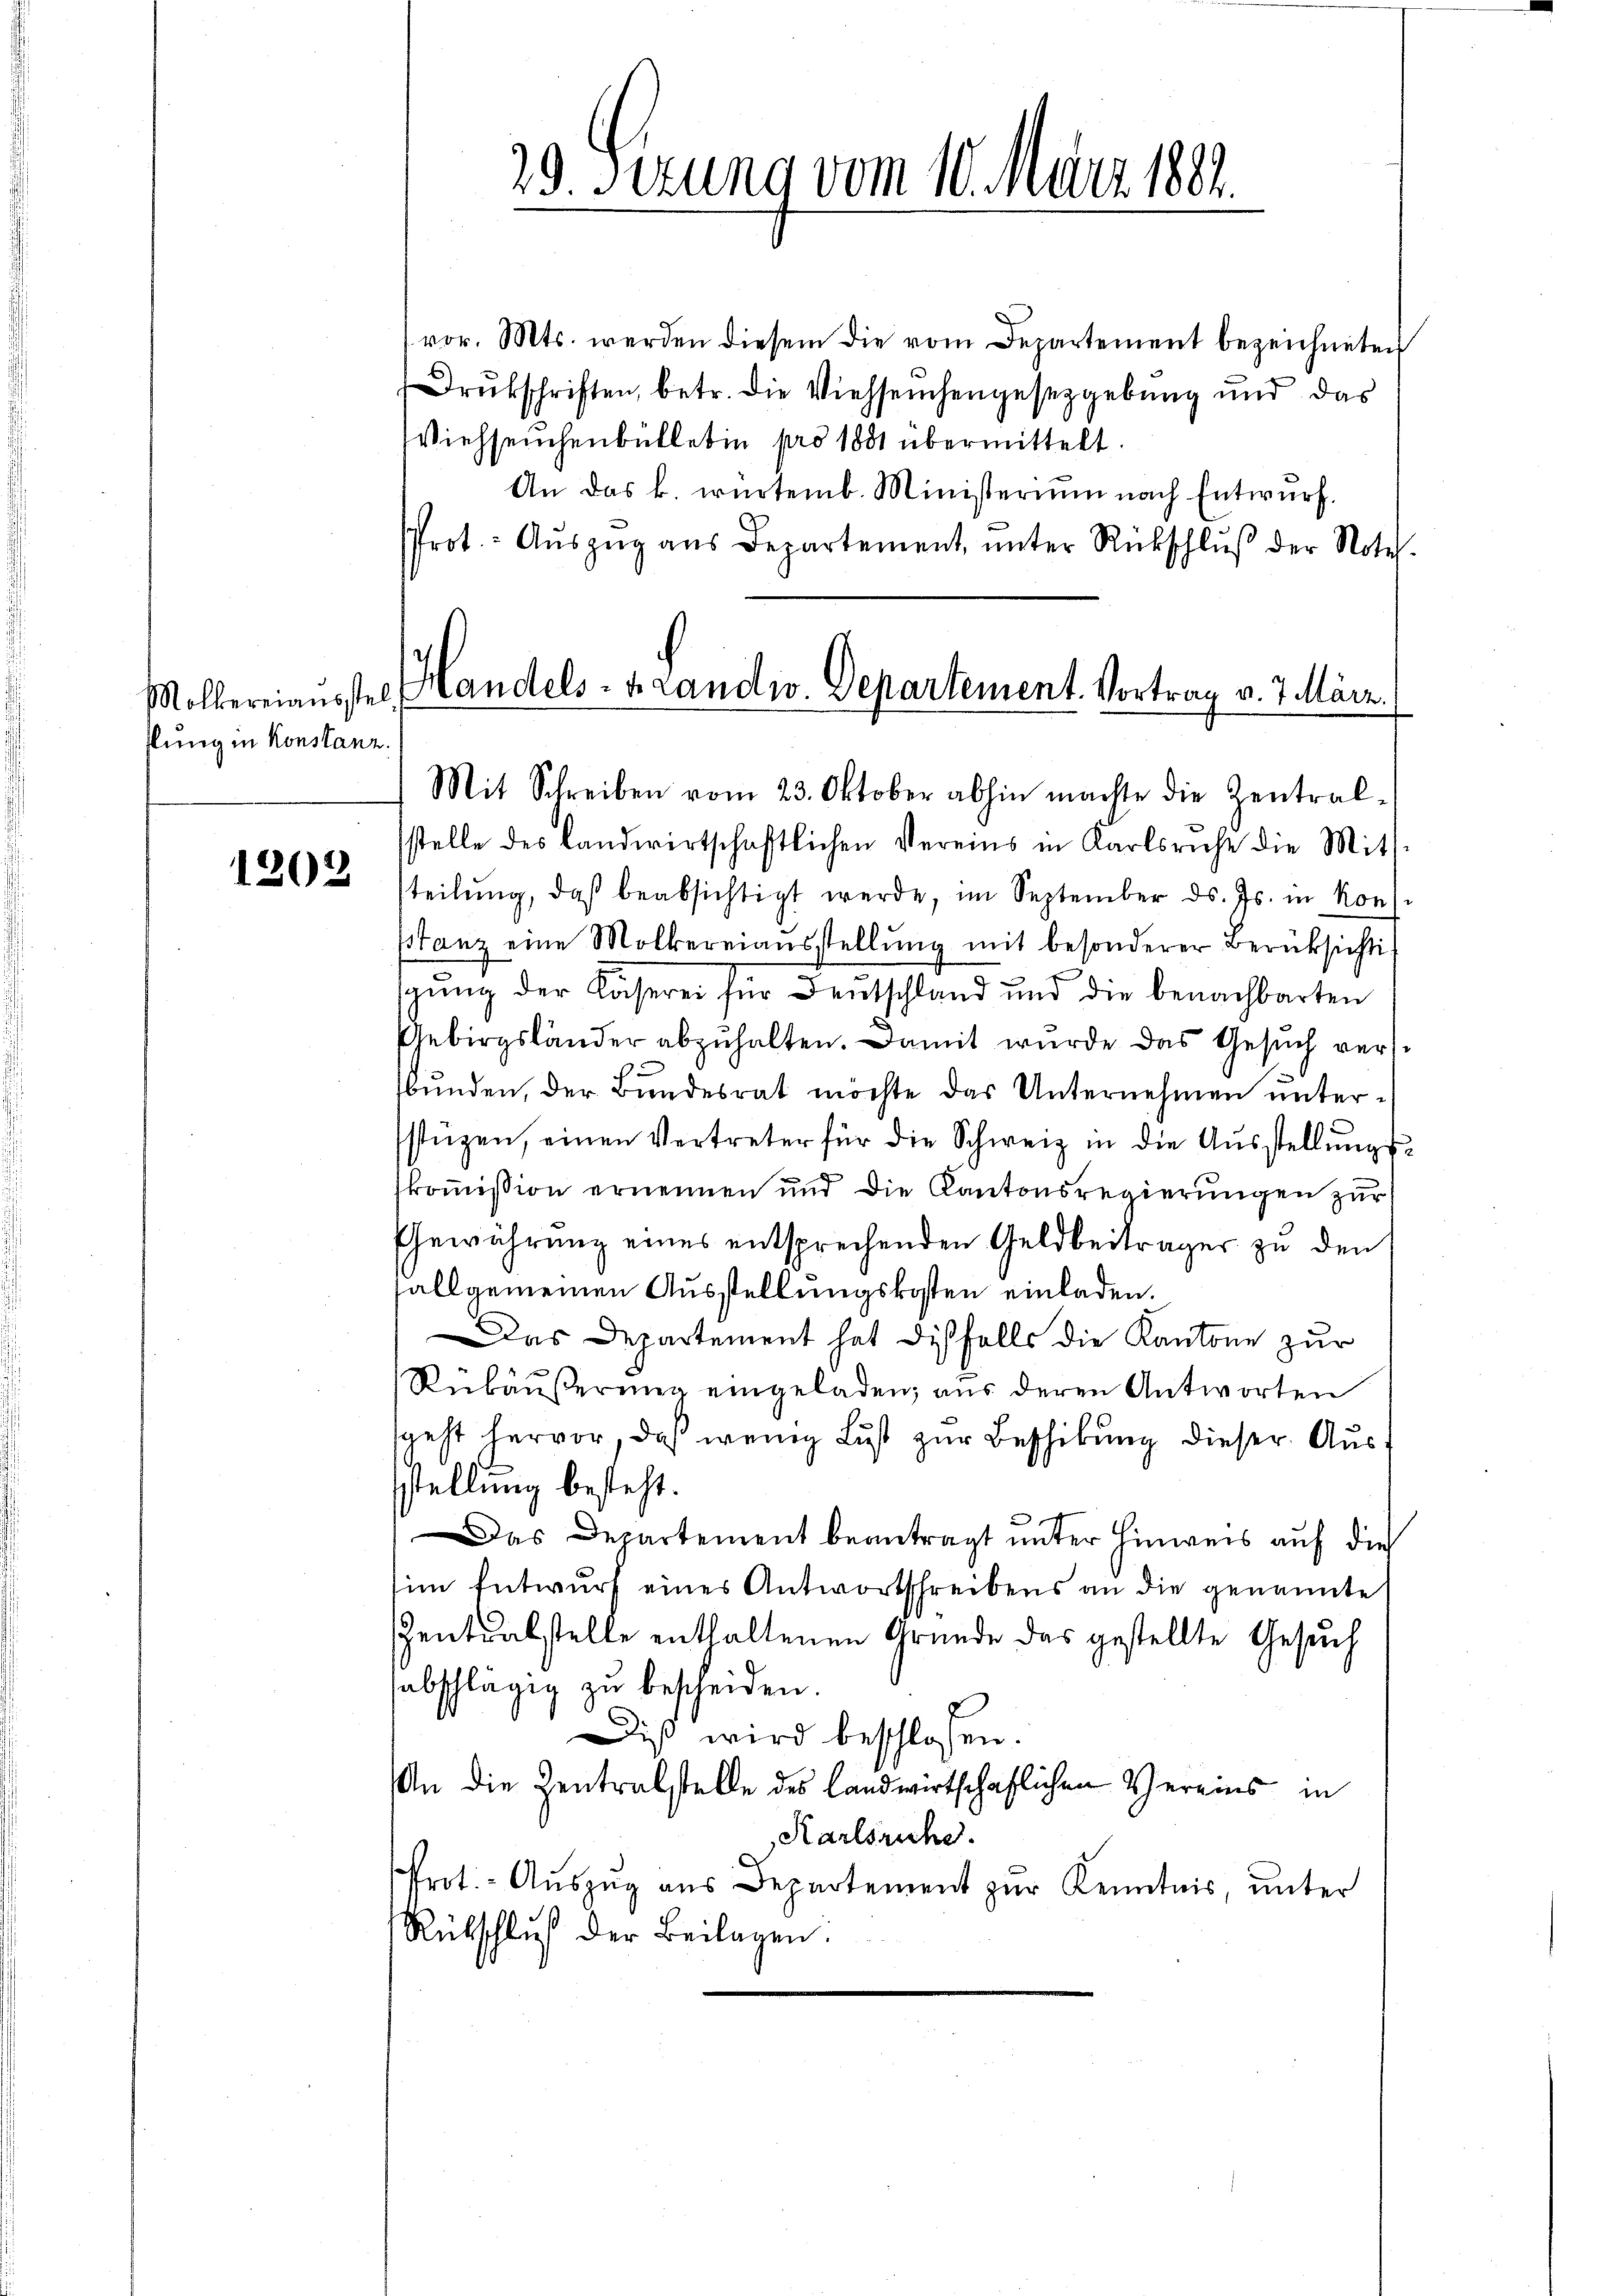
slung in Konstanz

1203.

29. Sekung vom 10. März 1891.

vor. Mts. werden diesem die vom Departement bezeichneten
Drukschriften, betr. die Viehseuchengesetzgebung und das
Viehseuchenbülletin pro 1881 übermittelt.
An das k. würtemb. Ministerium nach Entwurf.
Prot.- Aŭszŭg aŭs Departement, ŭnter Rückschlŭβ der Notel.
Mölkereiausstel Handels- & Landw. Departement. Vortrag v. 7. März.

Mit Schreiben vom 23. Oktober abhin machte die Zentral-

sstelle des Landwirtschaftlichen Vereins in Karlsricht die Mit-
steilŭng, daß beabsichtigt werde, im September ds. Js. in Kons
stanz eine Mölkereiaŭsstellŭng mit besonderer Berücksichti
gung der Käserei für Deutschland und die benachbarten
Gebirgsländer abzuhalten. Damit wurde das Gesuch versbunden, der Bundesrat möchte das Unternehmen unterstüzen, einen Vertreter für die Schweiz in die Aŭsstellŭngs-
skommission ernennen und die Kantonsregierungen zur
Gewährung eines entsprechenden Geldbeiträger zu den
fall gemeinen Ausstellungskosten einladen.
Das Departement hat diesfalls die Kantone zur
Rnbäŭβerŭng eingeladen, aŭs deren Antworten
sgeht hervor, daß wenig Lust zur Beschikung dieser Aussstellung besteht.
2
Das Departement beantragt unter Hinweis auf die
im Entwurf eines Antwortschreibens an die genannte
entualstelle enthaltenen Gründe das gestellte Gesuch
sabschlägig zu bescheiden.
Diβ wird beschlossen.
An die Zentralstelle des landwirtschaftlichen Vereins in
Karlsruhe.
Prot. - Auszug aus Departement zur Kenntnis, unter
Rübschluß der Beilagen: